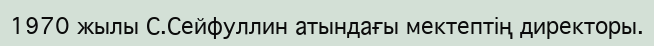
1970 жылы С.Сейфуллин атындағы мектептің директоры.